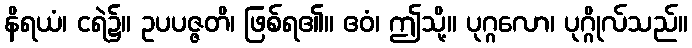
နိရယံ၊ ငရဲ၌။ ဥပပဇ္ဇတိ၊ ဖြစ်ရ၏။ ဧဝံ၊ ဤသို့။ ပုဂ္ဂလော၊ ပုဂ္ဂိုလ်သည်။